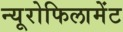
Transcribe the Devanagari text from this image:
न्यूरोफिलामेंट